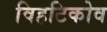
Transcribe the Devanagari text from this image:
विहटिकोव